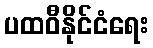
ပထဝီနိုင်ငံရေး